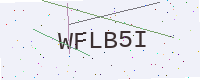
Text: WFLB5I